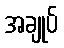
အချုပ်